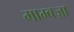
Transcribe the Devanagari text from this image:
माम्बज़ा